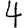
Digit: 4